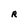
Character: R